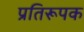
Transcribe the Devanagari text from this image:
प्रतिरूपक